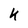
Character: k